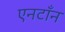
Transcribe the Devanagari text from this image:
एनटाँन